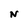
Character: N